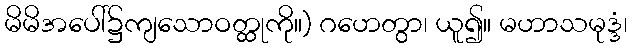
မိမိအပေါ်၌ကျသောဝတ္ထုကို။) ဂဟေတွာ၊ ယူ၍။ မဟာသမုဒ္ဒံ၊